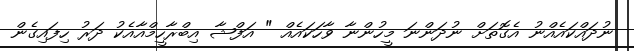
ނުދައްކައެއްނު އެގޮތަށް ނުދަންނަ މީހުންނާ ވާހަކައެއް " އަފްޝާ އިބްރާހީމްއާއެކު ދަރު ހިފައިގެން